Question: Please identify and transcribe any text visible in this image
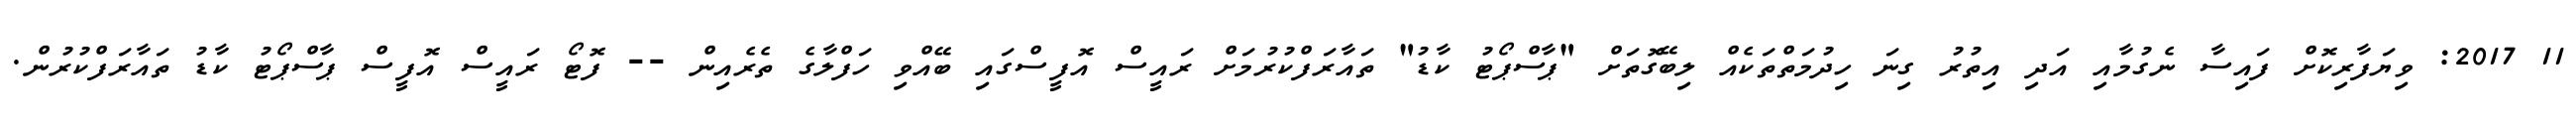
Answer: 11 2017: ވިޔަފާރިކޮށް ފައިސާ ނެގުމާއި އަދި އިތުރު ގިނަ ހިދުމަތްތަކެއް ލިބޭގޮތަށް "ޕާސްޕޯޓު ކާޑު" ތައާރަފްކުރުމަށް ރައީސް އޮފީސްގައި ބޭއްވި ހަފްލާގެ ތެރެއިން -- ފޮޓޯ ރައީސް އޮފީސް ޕާސްޕޯޓު ކާޑު ތައާރަފްކުރުން.